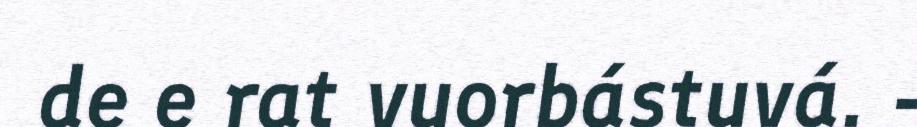
de e rat vuorbástuvá. -